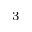
^ 3